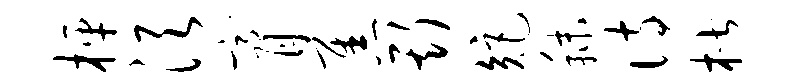
枰须膏焦斯矩秣诗楷